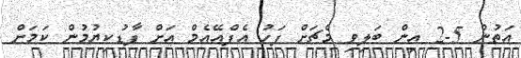
އަތުން 5-2 އިން ބަލިވި މެޗަށް ފަހު އެފްއޭއެމް އަށް ފާޑުކިޔުމުން ކަމަށް